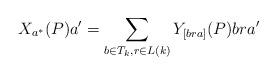
LaTeX: \begin{align*} X_{a^{\ast}}(P)a'=\displaystyle \sum_{b \in T_{k},r \in L(k)} Y_{[bra]}(P)bra'\end{align*}